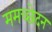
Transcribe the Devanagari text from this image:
ममच्छेदन